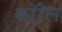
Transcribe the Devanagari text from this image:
कॉरेल